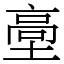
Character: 㙜